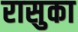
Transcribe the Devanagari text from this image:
रासुका